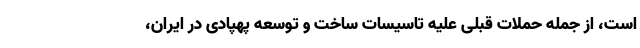
است، از جمله حملات قبلی علیه تاسیسات ساخت و توسعه پهپادی در ایران،